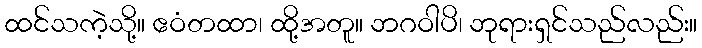
ထင်သကဲ့သို့။ ဧဝံတထာ၊ ထို့အတူ။ ဘဂဝါပိ၊ ဘုရားရှင်သည်လည်း။